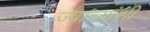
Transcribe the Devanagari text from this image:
ज्याच्यांशी